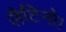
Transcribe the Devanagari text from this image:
लैटिनो।